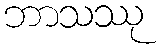
ဘာသဿု